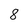
Character: 8